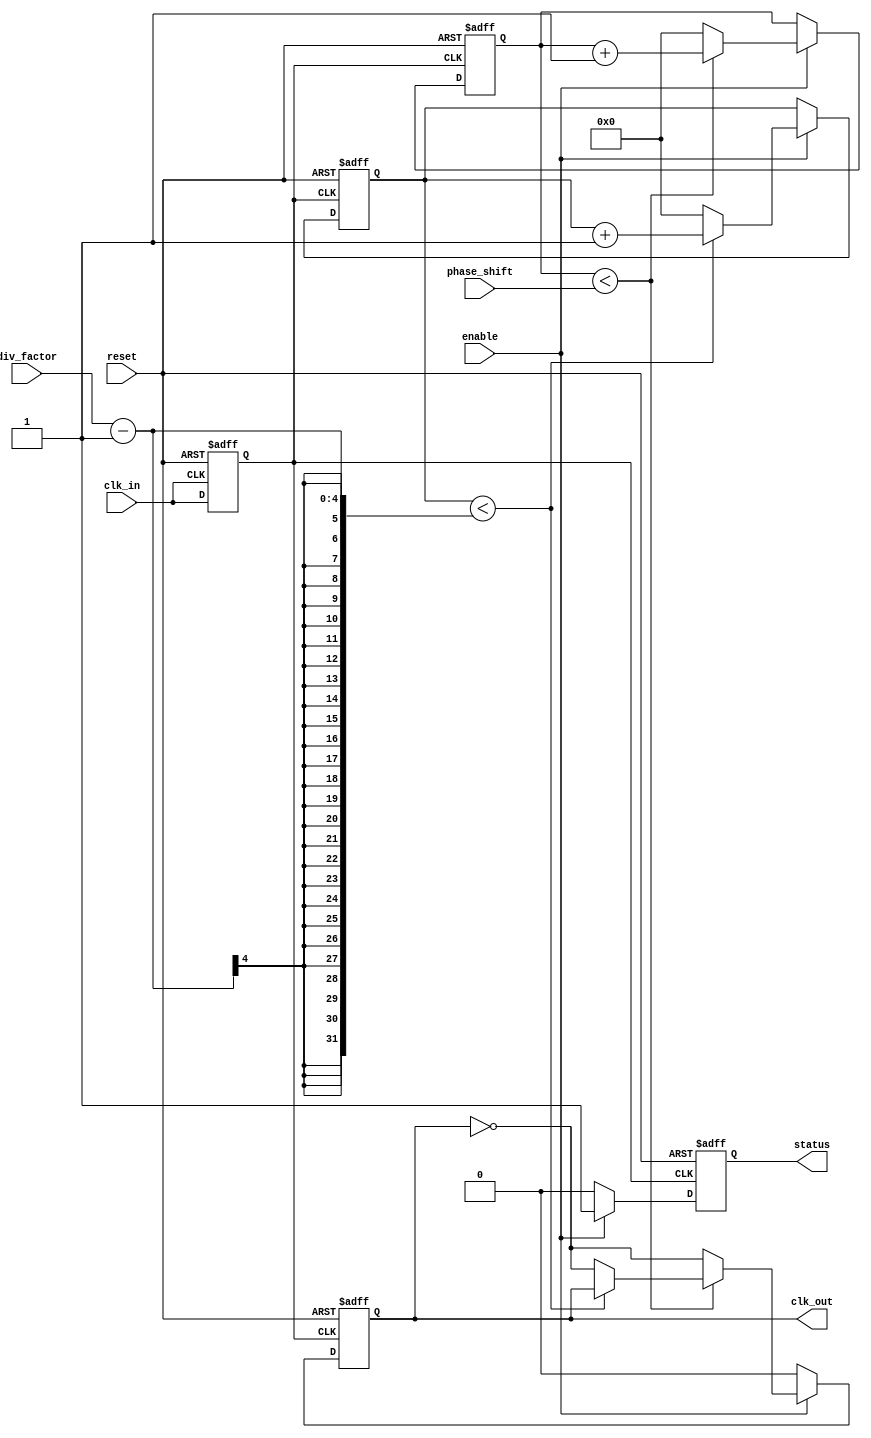
module programmable_clock_buffer (
    input wire clk_in,                // Input clock
    input wire reset,                 // Reset signal
    input wire [3:0] div_factor,      // Programmable frequency division factor (1 to 16)
    input wire [3:0] phase_shift,     // Programmable phase shift (in clock cycles)
    input wire enable,                // Enable signal for output clock
    output reg clk_out,               // Output clock
    output reg status                 // Status indicator (1: enabled, 0: disabled)
);

    reg [3:0] counter;                // Counter for frequency division
    reg [3:0] phase_counter;          // Counter for phase shifting
    reg clk_in_delayed;               // Delayed version of the input clock for phase adjustment

    // Clock conditioning: Delay the input clock by the maximum phase shift
    always @(posedge clk_in or posedge reset) begin
        if (reset) begin
            clk_in_delayed <= 1'b0;
        end else begin
            clk_in_delayed <= clk_in;
        end
    end

    // Frequency division logic
    always @(posedge clk_in_delayed or posedge reset) begin
        if (reset) begin
            counter <= 4'd0;
            clk_out <= 1'b0;
            phase_counter <= 4'd0;
            status <= 1'b0; // Initially disabled
        end else begin
            // Check if output is enabled
            if (enable) begin
                status <= 1'b1; // Set status to enabled

                // Frequency division
                if (counter < div_factor - 1) begin
                    counter <= counter + 1;
                end else begin
                    counter <= 4'd0; // Reset counter
                    clk_out <= ~clk_out; // Toggle output clock
                end

                // Phase shifting logic
                if (phase_counter < phase_shift) begin
                    phase_counter <= phase_counter + 1;
                end else begin
                    phase_counter <= 4'd0; // Reset phase counter
                    clk_out <= ~clk_out; // Toggle output clock again for phase adjustment
                end

            end else begin
                clk_out <= 1'b0; // Disable output clock
                status <= 1'b0; // Set status to disabled
            end
        end
    end

endmodule